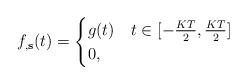
LaTeX: \begin{align*}f_{,\textbf{s}}(t) &= \begin{cases}g(t) & t \in [-\frac{KT}{2},\frac{KT}{2}]\\0,& \end{cases}\end{align*}